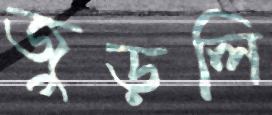
জুড়লি